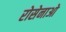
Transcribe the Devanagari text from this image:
रोसेनाओ